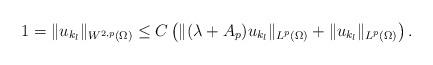
LaTeX: \begin{align*}1=\|u_{k_l}\|_{W^{2,p}(\Omega)}\le C\left(\|(\lambda+A_p)u_{k_l}\|_{L^p(\Omega)}+\|u_{k_l}\|_{L^p(\Omega)}\right). \end{align*}